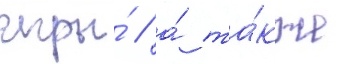
игры́ / а́ та́кже